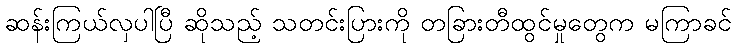
ဆန်းကြယ်လှပါပြီ ဆိုသည့် သတင်းပြားကို တခြားတီထွင်မှုတွေက မကြာခင်